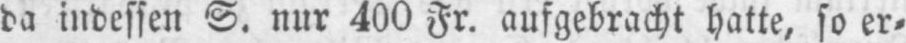
da indessen S. nur 400 Fr. aufgebracht hatte, so er⸗